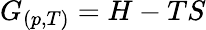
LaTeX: G_{(p,T)}=H-TS